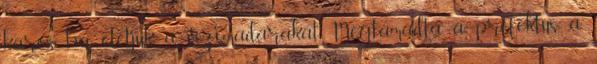
káros, ha etetjük a vízimadarakat Megtámadta a prefektus a